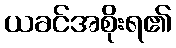
ယခင်အစိုးရ၏